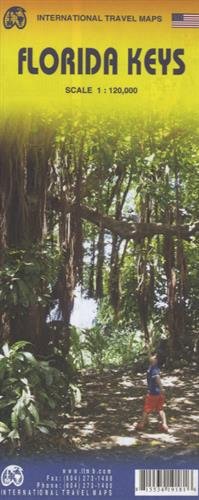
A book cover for Florida Keys Travel Reference Map 4th Ed 2014 1:120,000; Itmb Publishing LTD; Travel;